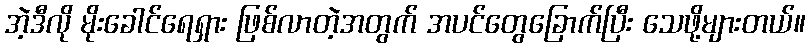
အဲ့ဒီလို မိုးခေါင်ရေရှား ဖြစ်လာတဲ့အတွက် အပင်တွေခြောက်ပြီး သေဖို့များတယ်။